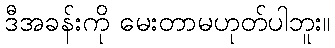
ဒီအခန်းကို မေးတာမဟုတ်ပါဘူး။